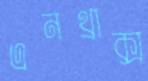
এনথ্রাক্স